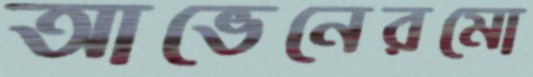
আভেনেরমো